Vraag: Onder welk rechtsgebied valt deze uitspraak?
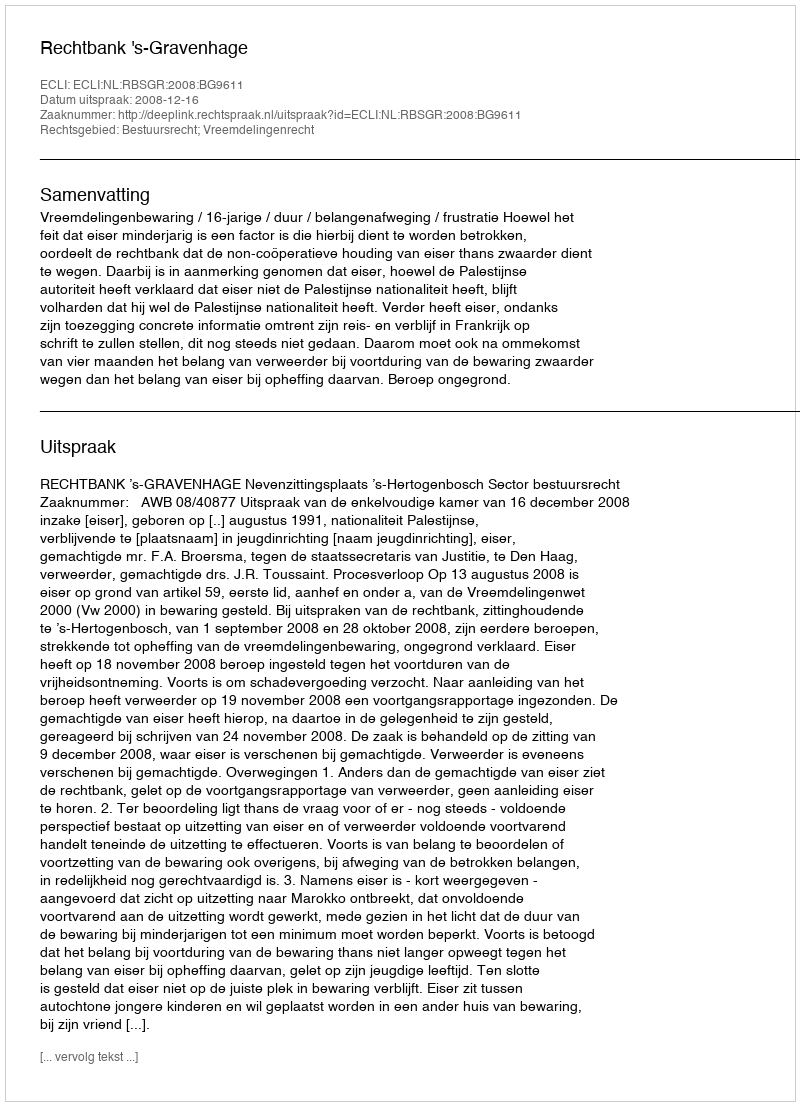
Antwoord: Bestuursrecht; Vreemdelingenrecht